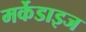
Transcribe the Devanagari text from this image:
मर्केडाइज